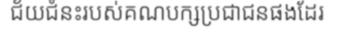
ជ័យជំនះរបស់គណបក្សប្រជាជនផងដែរ